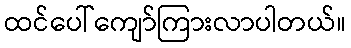
ထင်ပေါ်ကျော်ကြားလာပါတယ်။